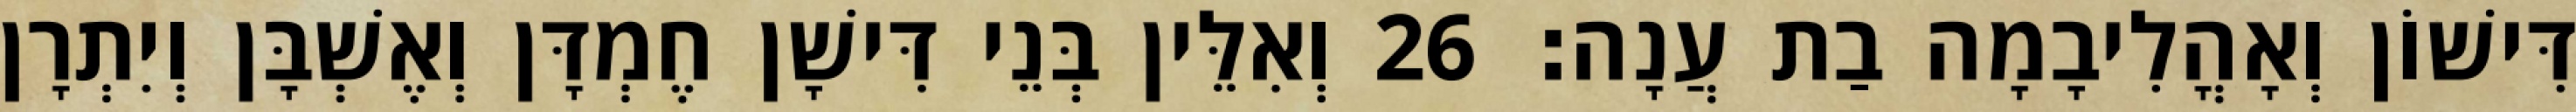
דִּישׁוֹן וְאָהֳלִיבָמָה בַת עֲנָה׃ 26 וְאִלֵּין בְּנֵי דִּישָׁן חֶמְדָּן וְאֶשְׁבָּן וְיִתְרָן